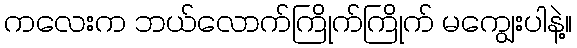
ကလေးက ဘယ်လောက်ကြိုက်ကြိုက် မကျွေးပါနဲ့။